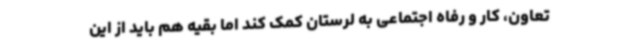
تعاون، کار و رفاه اجتماعی به لرستان کمک کند اما بقیه هم باید از این